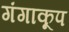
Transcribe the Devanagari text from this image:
गंगाकूप